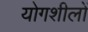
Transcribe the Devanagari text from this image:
योगशीलों